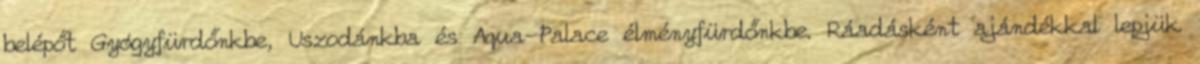
belépőt Gyógyfürdőnkbe, Uszodánkba és Aqua-Palace élményfürdőnkbe. Ráadásként ajándékkal lepjük